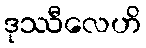
ဒုဿီလေဟိ